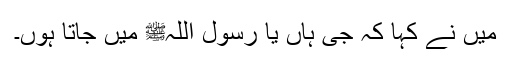
میں نے کہا کہ جی ہاں یا رسول اللہﷺ میں جاتا ہوں۔